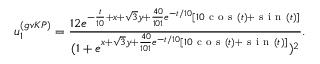
u _ { 1 } ^ { ( g v K P ) } = \frac { 1 2 e ^ { - \frac { t } { 1 0 } + x + \sqrt { 3 } y + \frac { 4 0 } { 1 0 1 } e ^ { - t / 1 0 } [ 1 0 \mathrm { ~ c ~ o ~ s ~ } ( t ) + \mathrm { ~ s ~ i ~ n ~ } ( t ) ] } } { ( 1 + e ^ { x + \sqrt { 3 } y + \frac { 4 0 } { 1 0 1 } e ^ { - t / 1 0 } [ 1 0 \mathrm { ~ c ~ o ~ s ~ } ( t ) + \mathrm { ~ s ~ i ~ n ~ } ( t ) ] } ) ^ { 2 } } .